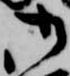
御